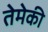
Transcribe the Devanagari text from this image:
तेमेकी